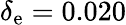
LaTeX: \delta_{\mathrm{e}}=0.020